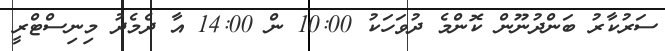
ސަރުކާރު ބަންދުނޫން ކޮންމެ ދުވަހަކު 10:00 ން 14:00 އާ ދެމެދު މިނިސްޓްރީ